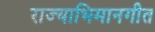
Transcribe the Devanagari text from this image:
राज्याभिमानगीत